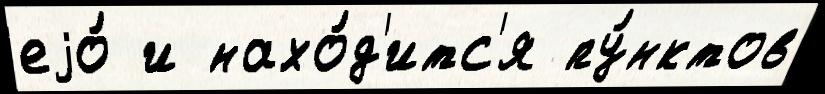
еjо́ и нахо́д'итс'я пу́нктов